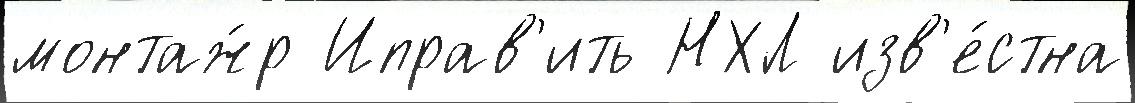
монтаж́р Иправ'ить НХЛ изв'е́стна